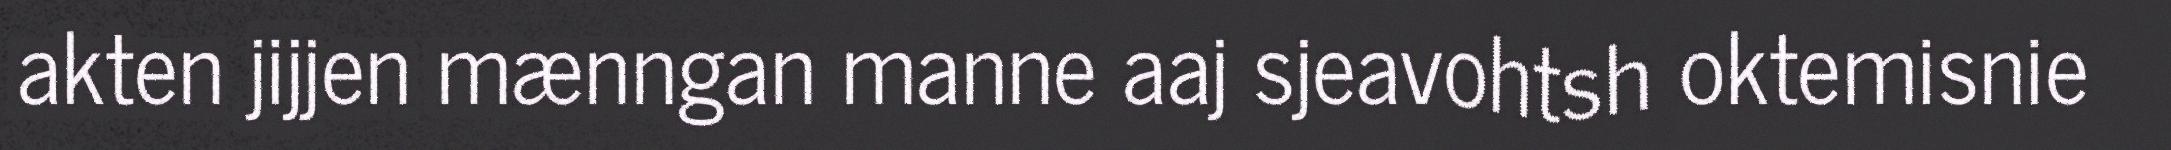
akten jijjen mænngan manne aaj sjeavohtsh oktemisnie